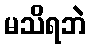
မသိရဘဲ